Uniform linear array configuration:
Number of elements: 16
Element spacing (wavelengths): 0.5
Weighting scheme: blackman
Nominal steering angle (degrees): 15
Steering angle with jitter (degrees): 14.147
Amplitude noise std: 0.05
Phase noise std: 0.05

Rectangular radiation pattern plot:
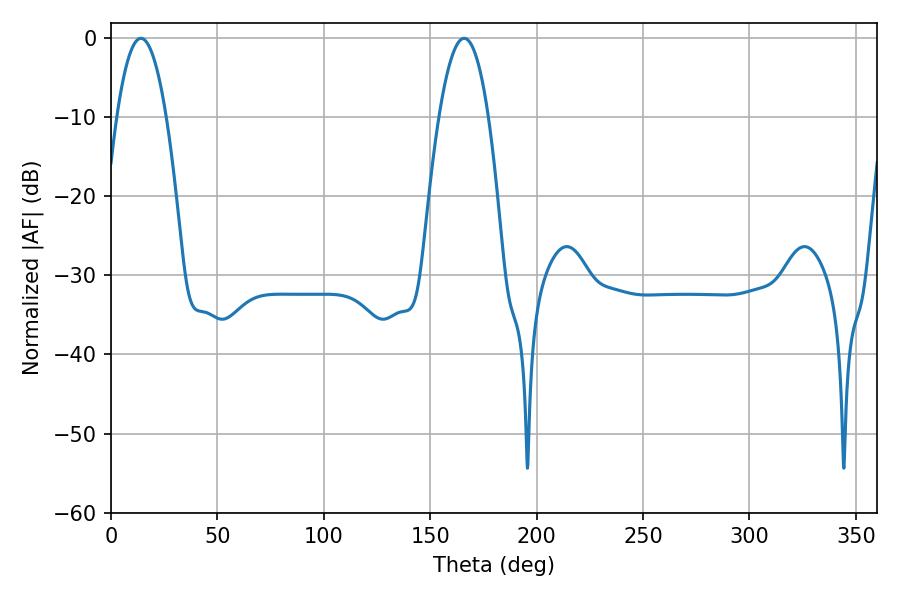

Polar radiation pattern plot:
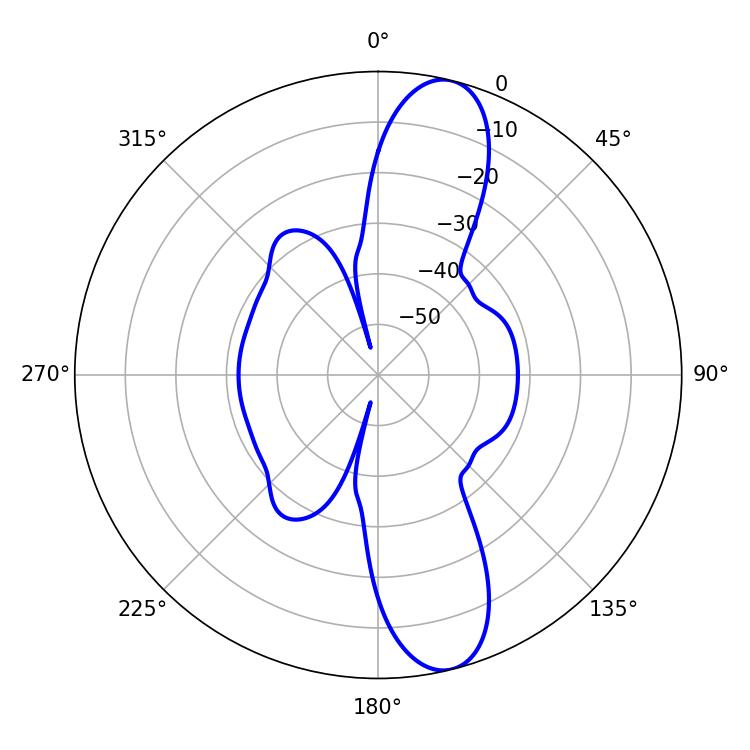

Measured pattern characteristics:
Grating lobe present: FALSE
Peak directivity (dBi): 12.357
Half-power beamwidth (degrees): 12.78
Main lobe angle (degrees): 14.04